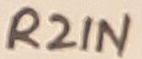
Text: R2IN